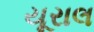
યૂરાલ